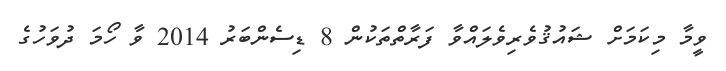
ވީމާ މިކަމަށް ޝައުޤުވެރިވެލައްވާ ފަރާތްތަކުން 8 ޑިސެންބަރު 2014 ވާ ހޯމަ ދުވަހުގެ